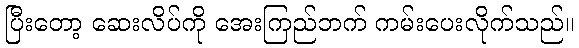
ပြီးတော့ ဆေးလိပ်ကို အေးကြည်ဘက် ကမ်းပေးလိုက်သည်။